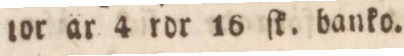
tor är 4 rdr 16 ſk. banko.